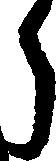
う